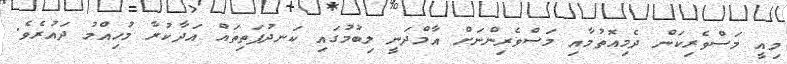
މިއީ މަސްވެރިކަން ދެމިއޮތުމާއި މަސްވެރިންނަށް އާމްދަނީ ލިބުމުގައި ކަނދުފަތިތައް އަދާކުރާ މުހިއްމު ދައުރެވެ.